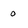
Character: 0